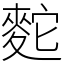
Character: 䴱